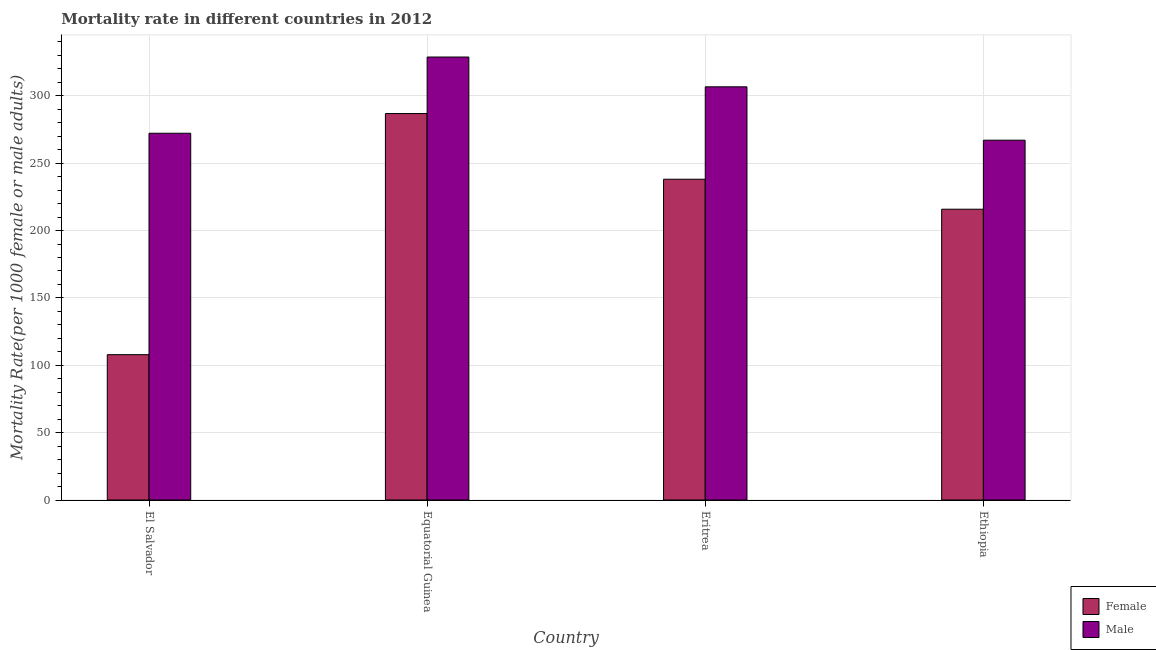
| Country | Female | Male |
 | --- | --- | --- |
 | El Salvador | 108 | 272 |
 | Equatorial Guinea | 287 | 329 |
 | Eritrea | 238 | 307 |
 | Ethiopia | 216 | 267 |